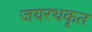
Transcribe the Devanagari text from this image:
जयरथकृत